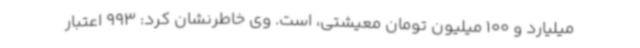
میلیارد و 100 میلیون تومان معیشتی، است. وی خاطرنشان کرد: 993 اعتبار